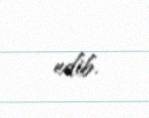
edib.